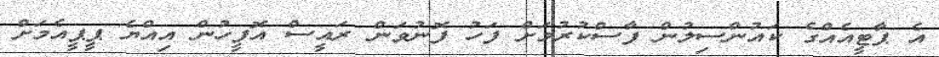
އެ ޕާޓީއެއްގެ ކައުންސިލުން ފާސްކުރުމަށް ފަހު ފޮނުވަން ރައީސް އޮފީހުން އިއްޔެ ޕީޕީއެމަށް